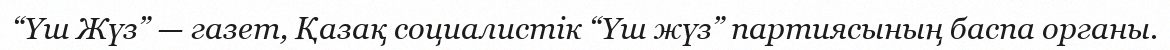
“Үш Жүз” — газет, Қазақ социалистік “Үш жүз” партиясының баспа органы.